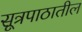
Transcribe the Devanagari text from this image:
सूत्रपाठातील